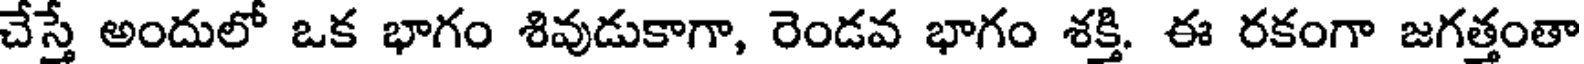
చేస్తే అందులో ఒక భాగం శివుడుకాగా, రెండవ భాగం శక్తి. ఈ రకంగా జగత్తంతా